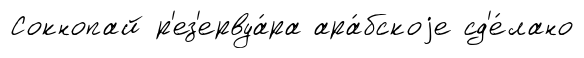
Сокнопай р'ез'ервуа́ра ара́бскоjе сд'е́лано